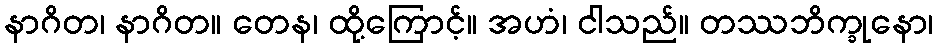
နာဂိတ၊ နာဂိတ။ တေန၊ ထို့ကြောင့်။ အဟံ၊ ငါသည်။ တဿဘိက္ခုနော၊